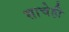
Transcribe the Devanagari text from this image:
साचेही